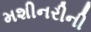
મશીનરીની